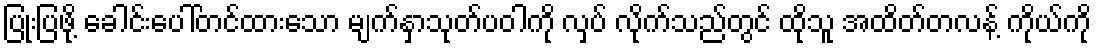
ပြုံးပြဖို့ ခေါင်းပေါ်တင်ထားသော မျက်နှာသုတ်ပဝါကို လှပ် လိုက်သည်တွင် ထိုသူ အထိတ်တလန့် ကိုယ်ကို